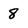
Character: 8